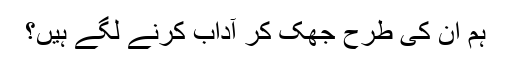
ہم ان کی طرح جھک کر آداب کرنے لگے ہیں؟